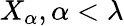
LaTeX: X_{\alpha},\alpha<\lambda